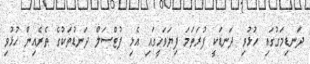
ދަނޑިމަގުގައި ހުޅުވި ދަނޑަކީ ފުރަތަމަ ފިޔަވަހީގައި އެޅި ފުޓްސަލް ދަނޑުތަކުގެ ތެރެއިން ހުޅުވި